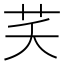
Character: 芺